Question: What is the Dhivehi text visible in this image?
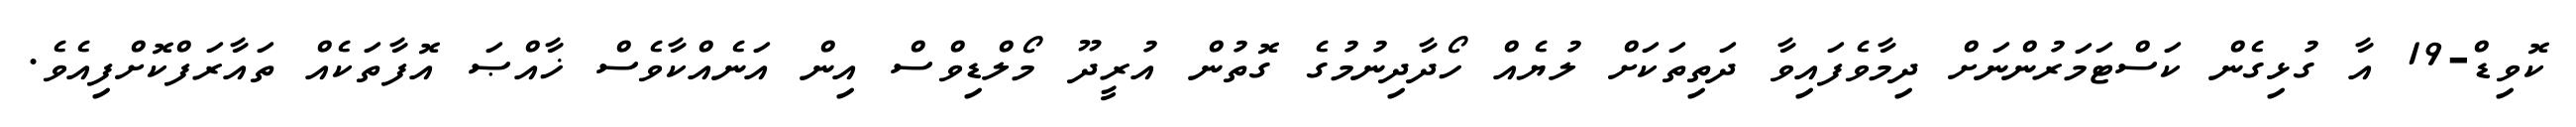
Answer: ކޮވިޑް-19 އާ ގުޅިގެން ކަސްޓަމަރުންނަށް ދިމާވެފައިވާ ދަތިތަކަށް ލުޔެއް ހޯދާދިނުމުގެ ގޮތުން އުރީދޫ މޯލްޑިވްސް އިން އަނެއްކާވެސް ޚާއްޞަ އޮފާތަކެއް ތައާރަފްކޮށްފިއެވެ.